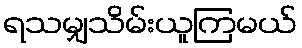
ရသမျှသိမ်းယူကြမယ်